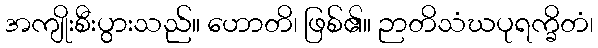
အကျိုးစီးပွားသည်။ ဟောတိ၊ ဖြစ်၏။ ဉာတိသံဃပုရက္ခိတံ၊